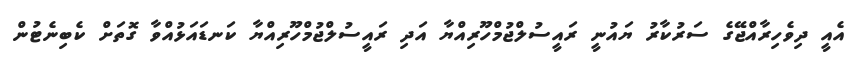
އެއީ ދިވެހިރާއްޖޭގެ ސަރުކާރު ޔައުނީ ރައީސުލްޖުމްހޫރިއްޔާ އަދި ރައީސުލްޖުމްހޫރިއްޔާ ކަނޑައަޅުއްވާ ގޮތަށް ކެބިނެޓުން